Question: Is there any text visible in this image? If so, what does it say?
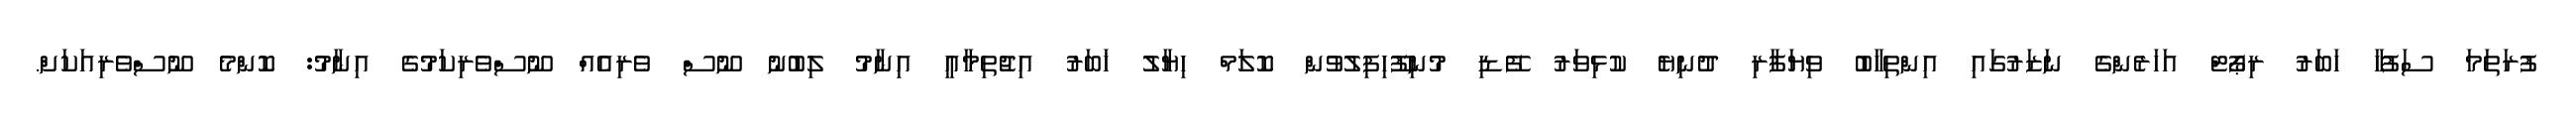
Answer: ފުރަތަމަ ސަފުހާ ހަބަރު ރިޕޯޓް އަހަރެންގެ ނަޒަރުގައި އިންތިހާބު ވިޔަފާރި ދުނިޔެ ކުޅިވަރު ފޭޑި މުނިފޫހިފިލުވުން ކޮލަމް ހިޔާލު ޚަބަރު އިޖުތިމާއީ އިނާމު ލިބުނު ނޫސް ވެރިއެއް ނޫސްވެރިކަމުގެ އިނާމު: ކޮންމެ ނޫސްވެރިއަކަށް.